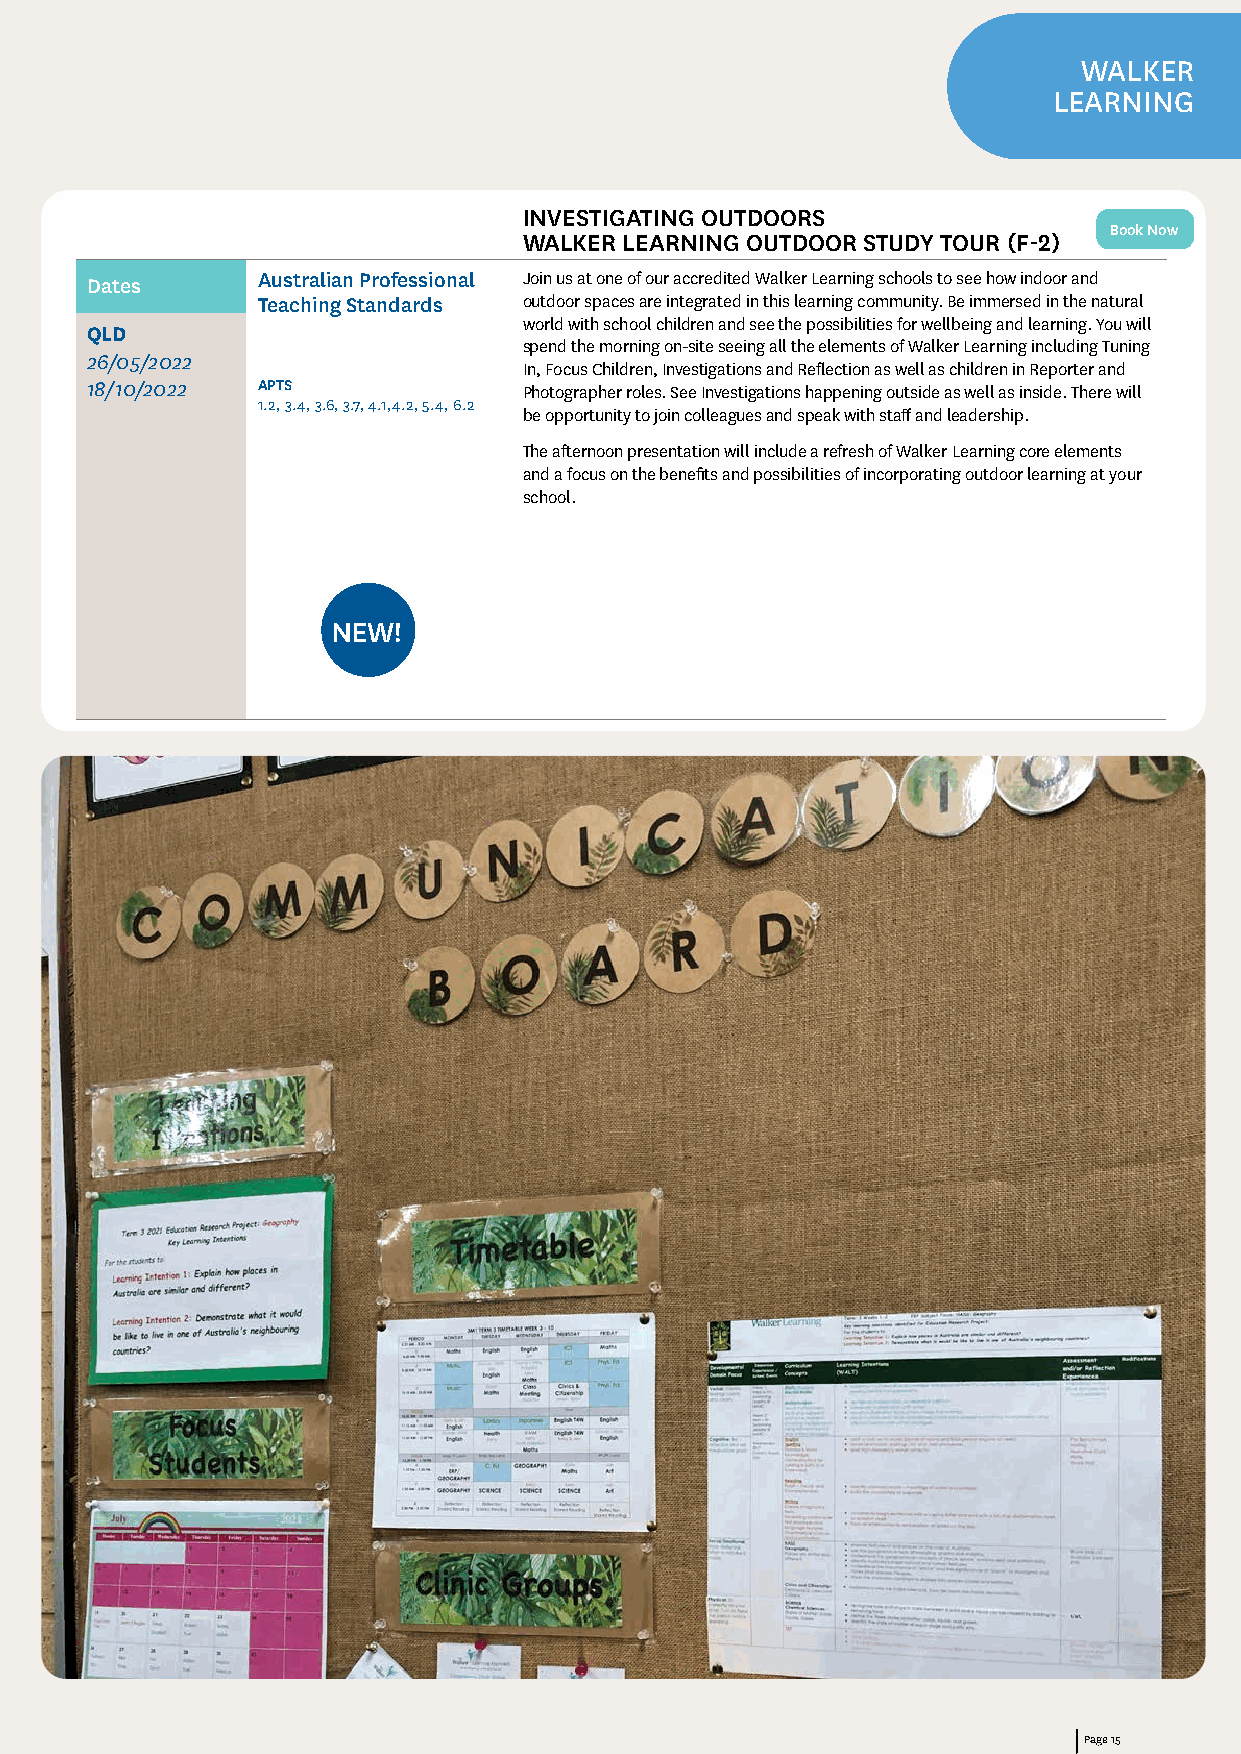
WALKER
 LEARNING
 INVESTIGATING OUTDOORS
 Book Now
 WALKER LEARNING OUTDOOR STUDY TOUR (F-2)
 Dates      Australian Professional Join us at one of our accredited Walker Learning schools to see how indoor and
 Teaching Standards outdoor spaces are integrated in this learning community. Be immersed in the natural
 world with school children and see the possibilities for wellbeing and learning. You will
 QLD
 spend the morning on-site seeing all the elements of Walker Learning including Tuning
 26/05/2022
 In, Focus Children, Investigations and Reflection as well as children in Reporter and
 18/10/2022 APTS              Photographer roles. See Investigations happening outside as well as inside. There will
 1.2, 3.4, 3.6, 3.7, 4.1,4.2, 5.4, 6.2
 be opportunity to join colleagues and speak with staff and leadership.
 The afternoon presentation will include a refresh of Walker Learning core elements
 and a focus on the benefits and possibilities of incorporating outdoor learning at your
 school.
 NEW!
 Page 15